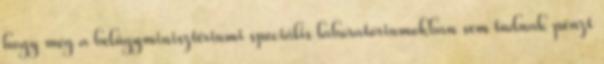
hogy még a belügyminisztériumi speciális laboratóriumokban sem tudnak pénzt